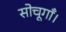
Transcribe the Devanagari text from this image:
सोचूगाँ।